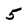
Character: 5